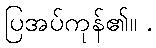
ပြအပ်ကုန်၏။ .